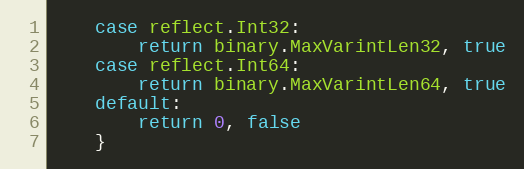
Language: Go
	case reflect.Int32:
		return binary.MaxVarintLen32, true
	case reflect.Int64:
		return binary.MaxVarintLen64, true
	default:
		return 0, false
	}